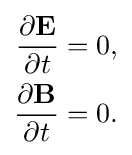
{\begin{aligned}{\frac {\partial \mathbf {E} }{\partial t}}&=0,\\{\frac {\partial \mathbf {B} }{\partial t}}&=0.\end{aligned}}